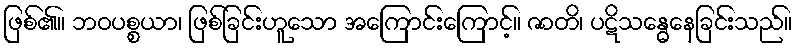
ဖြစ်၏။ ဘဝပစ္စယာ၊ ဖြစ်ခြင်းဟူသော အကြောင်းကြောင့်။ ဇာတိ၊ ပဋိသန္ဓေနေခြင်းသည်။